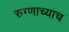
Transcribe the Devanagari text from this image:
रुग्णाच्याच